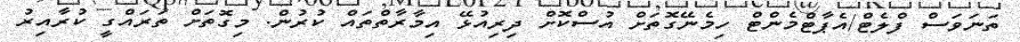
ތަނަވަސް ފްލެޓް/އެޕާޓްމެންޓް ހިމެނޭގޮތަށް އުސްކޮށް ދިރިއުޅޭ އިމާރާތްތައް ކުރުން. މިގޮތަށް ތަރައްގީ ކުރާއިރު